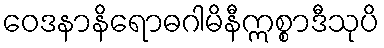
ဝေဒနာနိရောဓဂါမိနီဣစ္စာဒီသုပိ